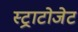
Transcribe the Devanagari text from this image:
स्ट्राटोजेट